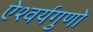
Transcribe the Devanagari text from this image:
ऐश्वर्यगुणों